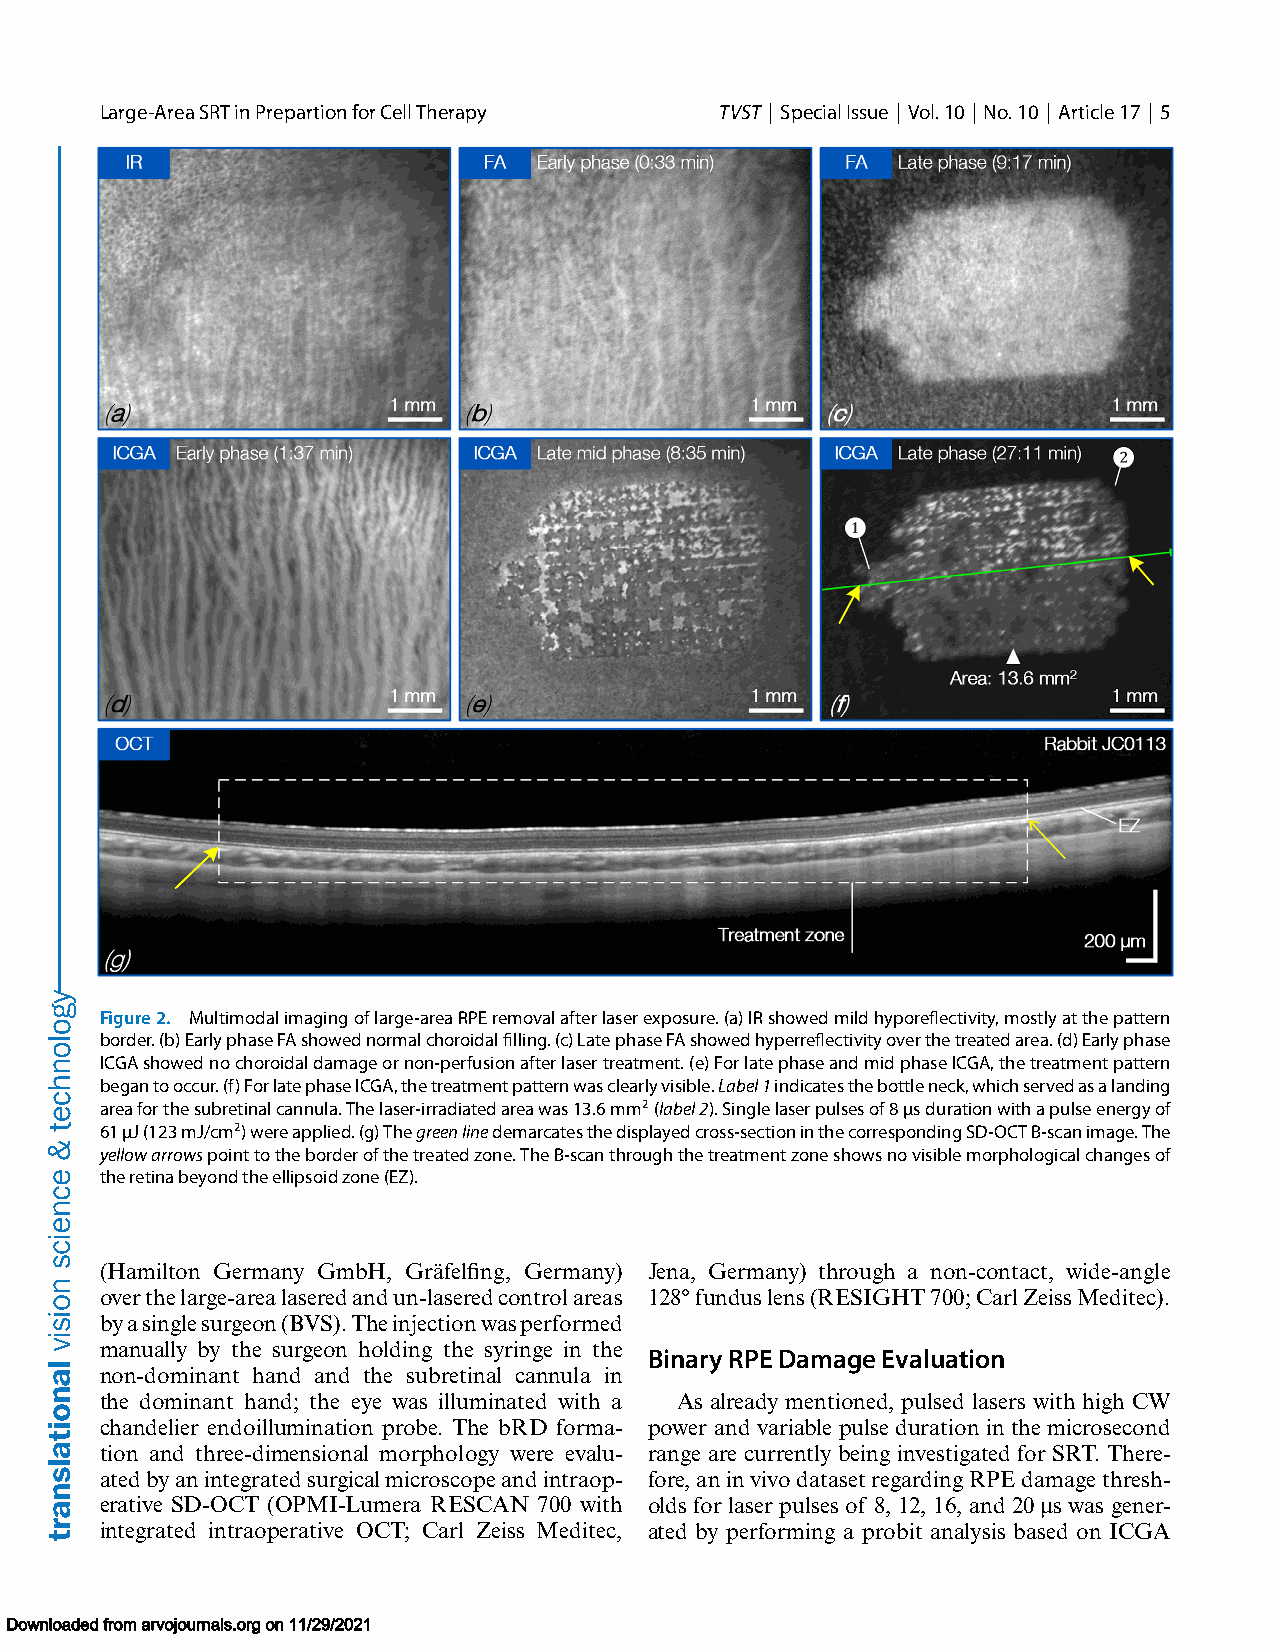
Large-AreaSRTinPrepartionforCellTherapy  TVST | SpecialIssue | Vol.10 |No.10 | Article17 | 5
 Figure2. Multimodalimagingoflarge-areaRPEremovalafterlaserexposure.(a)IRshowedmildhyporeflectivity,mostlyatthepattern
 border.(b)EarlyphaseFAshowednormalchoroidalfilling.(c)LatephaseFAshowedhyperreflectivityoverthetreatedarea.(d)Earlyphase
 ICGAshowednochoroidaldamageornon-perfusionafterlasertreatment.(e)ForlatephaseandmidphaseICGA,thetreatmentpattern
 begantooccur.(f)ForlatephaseICGA,thetreatmentpatternwasclearlyvisible.Label1indicatesthebottleneck,whichservedasalanding
 areaforthesubretinalcannula.Thelaser-irradiatedareawas13.6mm2(label2).Singlelaserpulsesof8μsdurationwithapulseenergyof
 61μJ(123mJ/cm2)wereapplied.(g)Thegreenlinedemarcatesthedisplayedcross-sectioninthecorrespondingSD-OCTB-scanimage.The
 yellowarrowspointtotheborderofthetreatedzone.TheB-scanthroughthetreatmentzoneshowsnovisiblemorphologicalchangesof
 theretinabeyondtheellipsoidzone(EZ).
 (Hamilton Germany GmbH, Gräfelfing, Germany) Jena, Germany) through a non-contact, wide-angle
 overthelarge-arealaseredandun-laseredcontrolareas 128°funduslens(RESIGHT700;CarlZeissMeditec).
 byasinglesurgeon(BVS).Theinjectionwasperformed
 manually by the surgeon holding the syringe in the
 BinaryRPEDamageEvaluation
 non-dominant hand and the subretinal cannula in
 the dominant hand; the eye was illuminated with a As already mentioned, pulsed lasers with high CW
 chandelier endoillumination probe. The bRD forma- power and variable pulse duration in the microsecond
 tion and three-dimensional morphology were evalu- range are currently being investigated for SRT. There-
 atedbyanintegratedsurgicalmicroscopeandintraop- fore,aninvivodatasetregardingRPEdamagethresh-
 erative SD-OCT (OPMI-Lumera RESCAN 700 with olds for laser pulses of 8, 12, 16, and 20 μs was gener-
 integrated intraoperative OCT; Carl Zeiss Meditec, ated by performing a probit analysis based on ICGA
 Downloaded from arvojournals.org on 11/29/2021